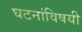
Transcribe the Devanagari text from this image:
घटनांविषयी